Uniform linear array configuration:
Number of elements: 24
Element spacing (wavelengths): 1
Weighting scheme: exponential
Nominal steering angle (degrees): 30
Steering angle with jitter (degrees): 31.232
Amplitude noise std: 0.05
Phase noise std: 0.05

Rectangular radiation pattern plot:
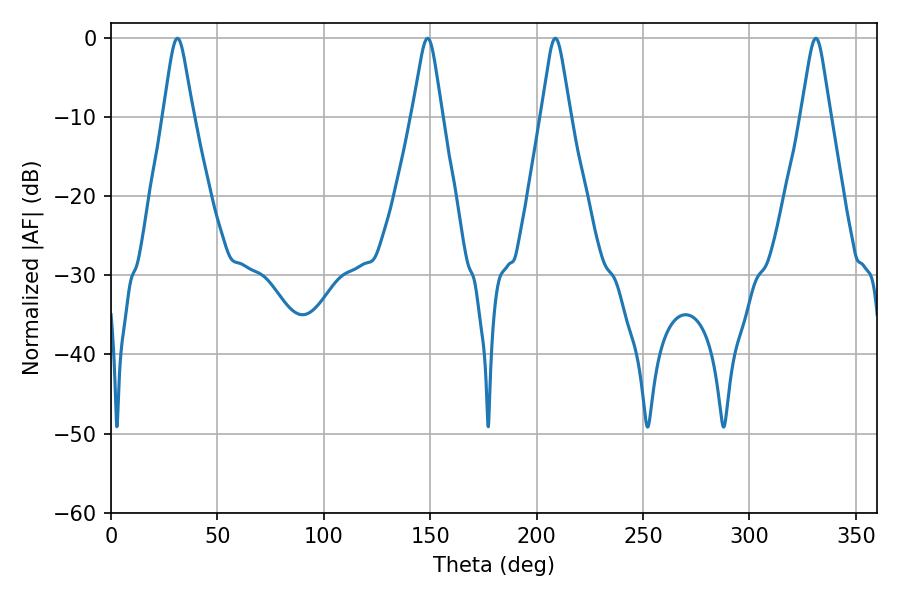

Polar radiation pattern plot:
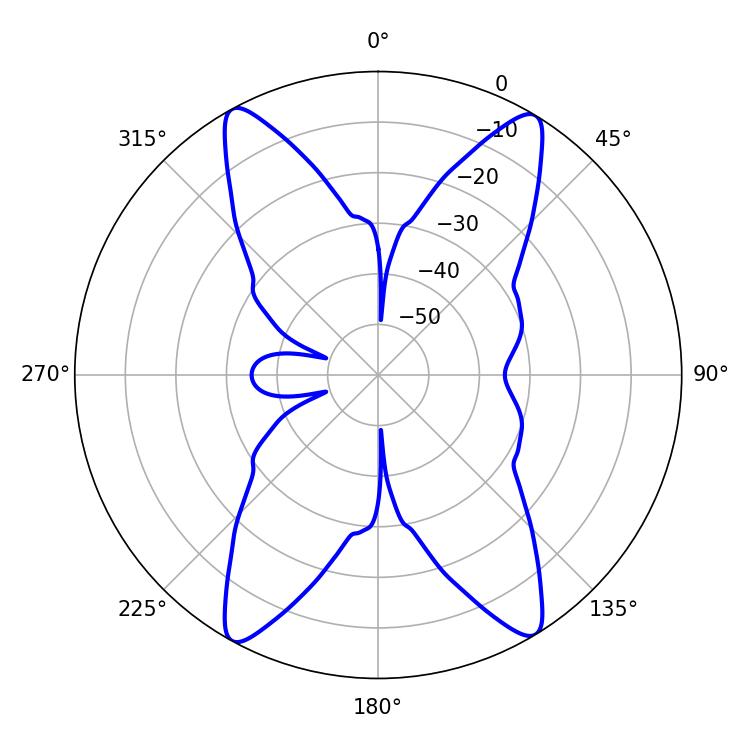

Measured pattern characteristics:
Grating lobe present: TRUE
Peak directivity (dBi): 21.129
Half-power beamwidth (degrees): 6.48
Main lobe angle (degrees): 208.8